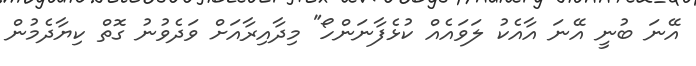
އޭނަ ބުނީ އޭނަ އާއެކު ލަވައެއް ކުޅެފާނަންހޯ" މިދާއިރާއަށް ވަދެވުނު ގޮތް ކިޔާދެމުން